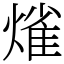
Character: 熦